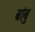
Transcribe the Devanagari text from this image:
बांबु